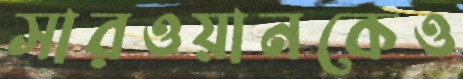
সারওয়ানকেও